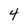
Character: 4